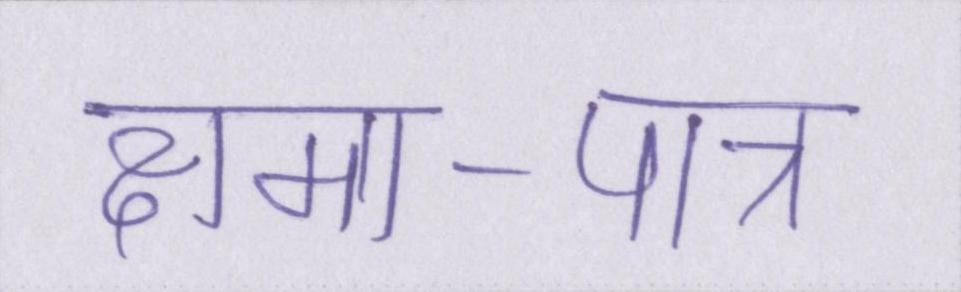
क्षमा-पात्र